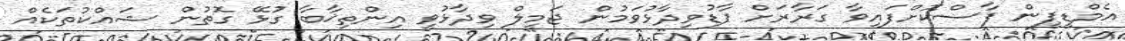
އެމްޑީޕީން ފާސްކޮށްފައިވާ ގަރާރަށް ފާޑުވިދާޅުވަމުން ޖަމީލް ވިދާޅުވީ އިންތިޚާބާ ގުޅޭ ގޮތުން ޝައްކުތަކެއް